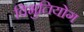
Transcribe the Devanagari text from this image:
विभुतियोग